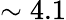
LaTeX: \sim 4.1